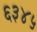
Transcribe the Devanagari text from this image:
६३४५